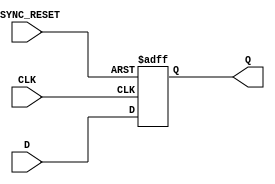
module async_dff #(
 parameter SIZE = 8
) (
input [SIZE-1:0] D, // Data input 
input CLK, // clock input 
input ASYNC_RESET, // asynchronous reset low level 
output reg [SIZE-1:0] Q // output Q
);
 
always @(posedge CLK or negedge ASYNC_RESET) 
begin
 if(ASYNC_RESET==1'b0)
  Q <= {(SIZE){1'b0}}; 
 else 
  Q[SIZE-1:0] <= D[SIZE-1:0]; 
end 

endmodule